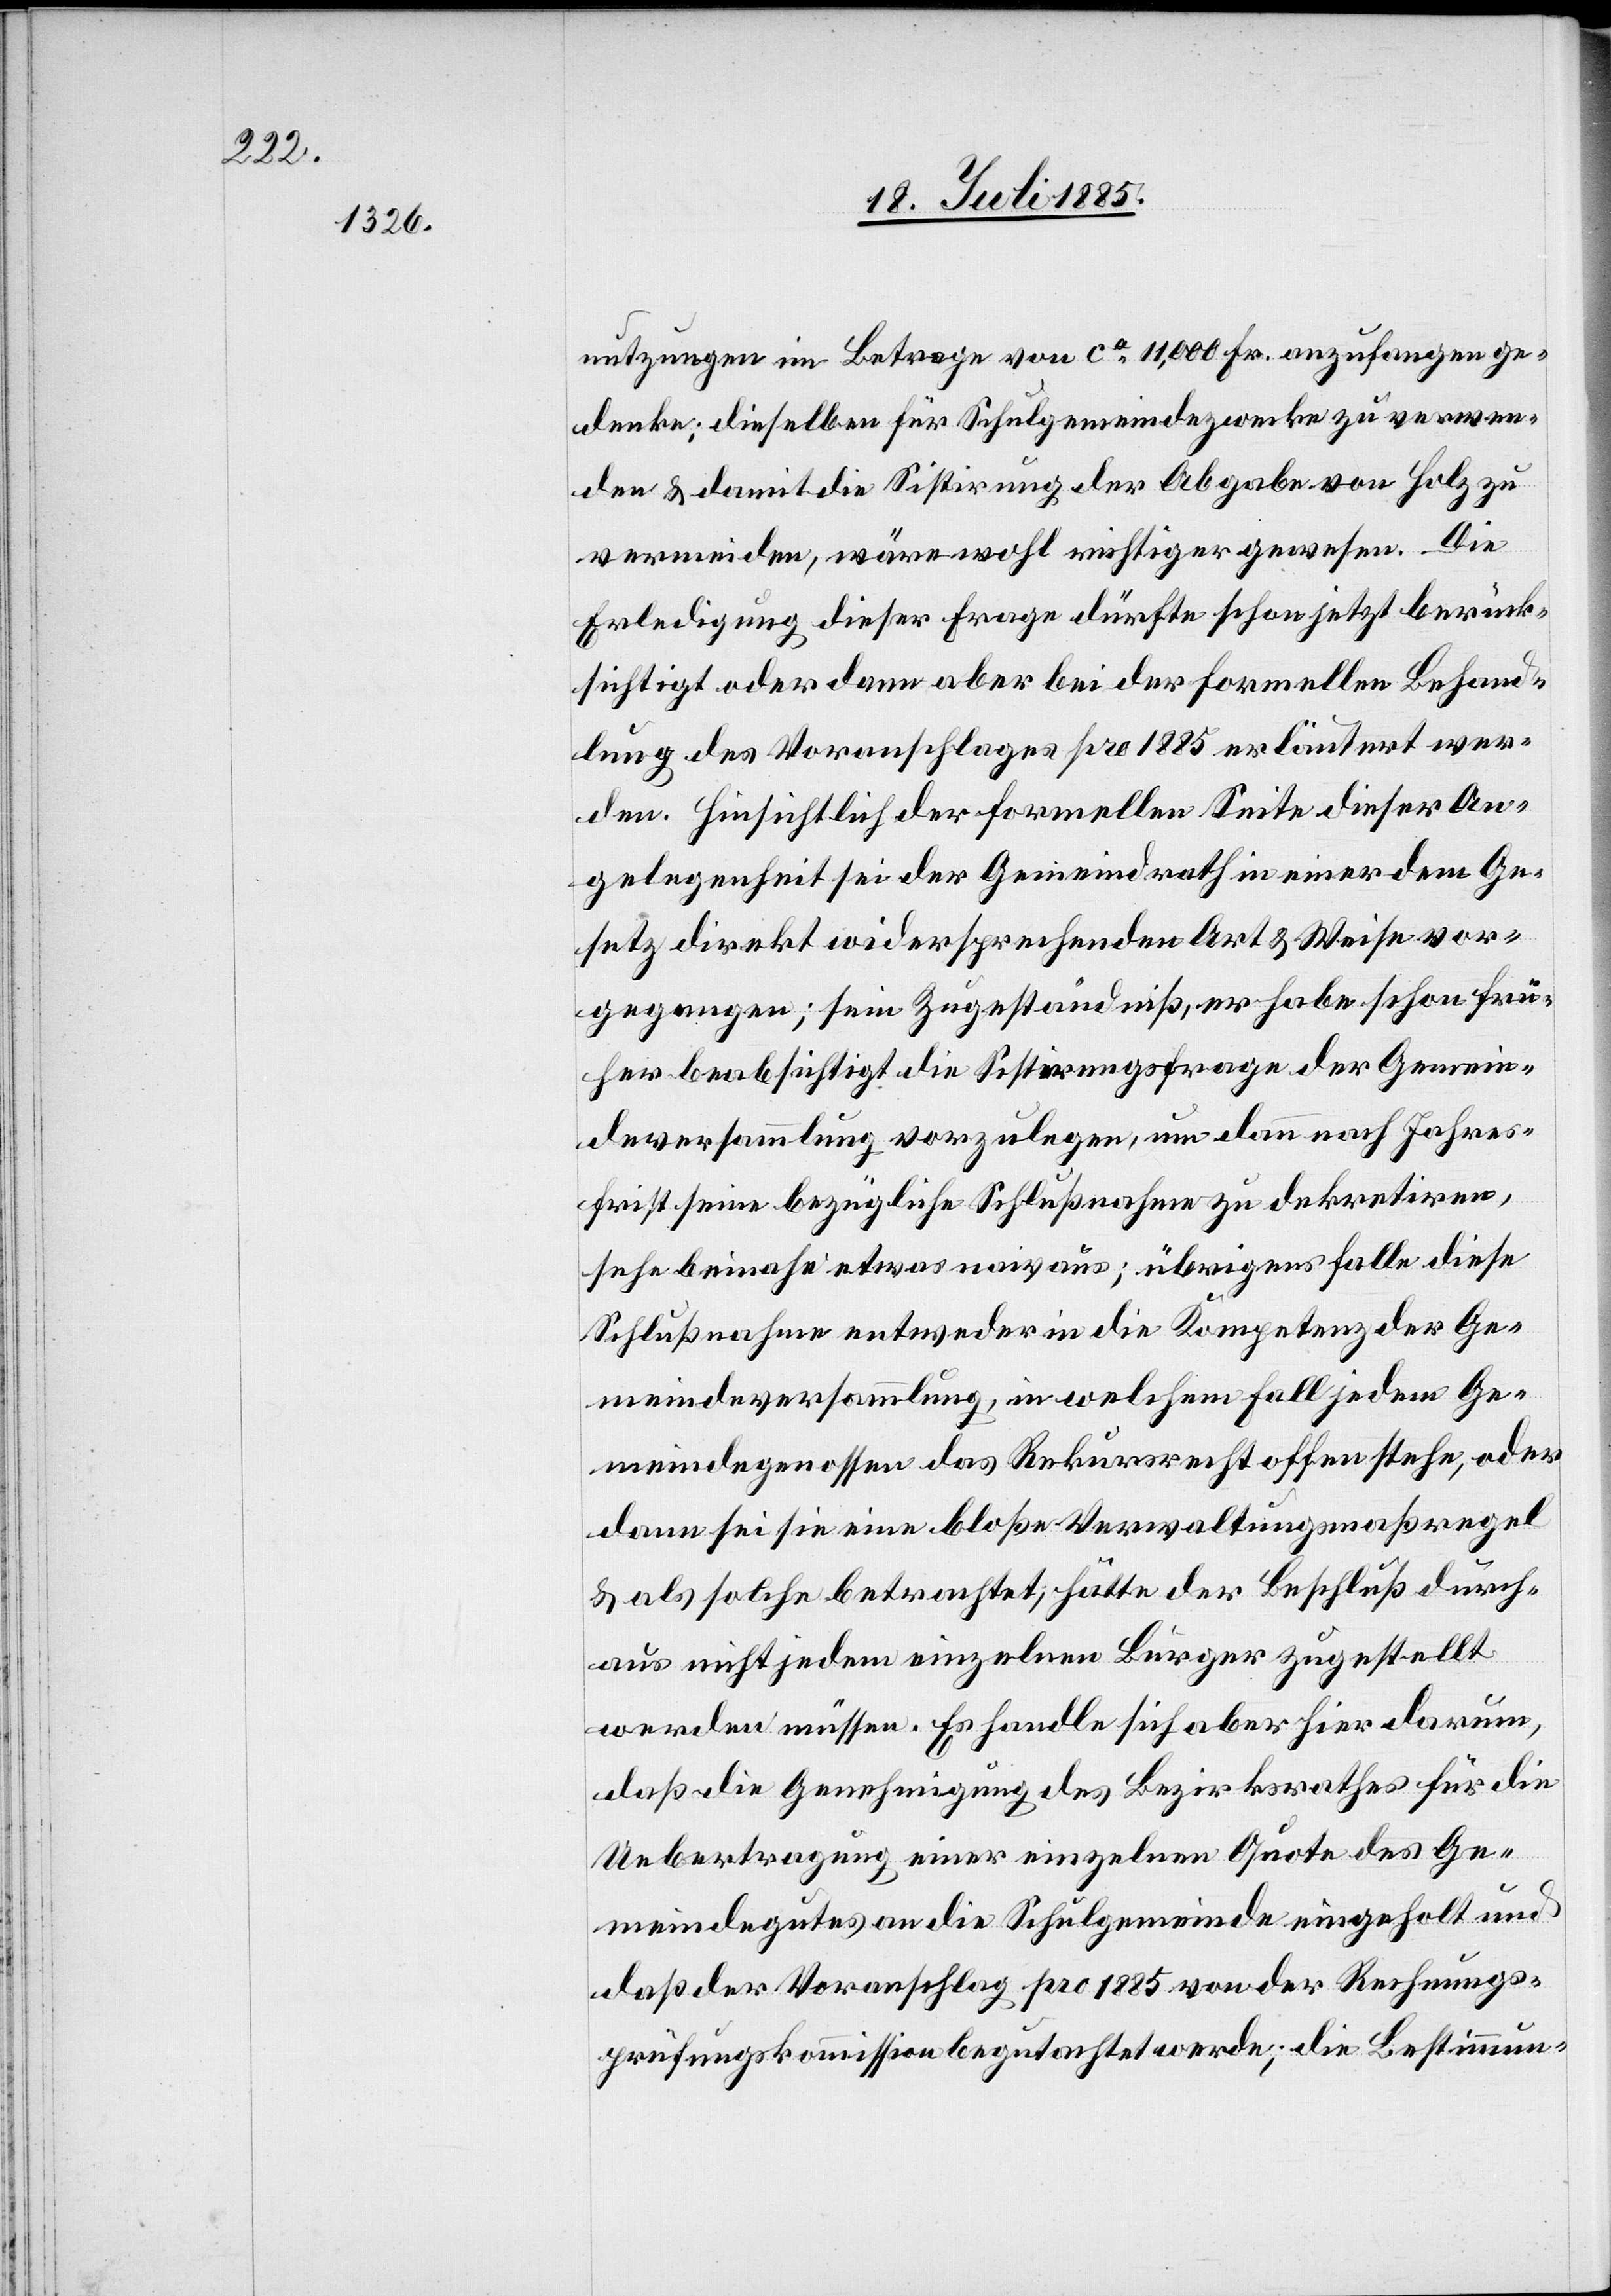
nutzungen im Betrage von ca 11,000 Fr. anzufangen ge¬
denke; dieselben für Schulgemeindezwecke zu verwen¬
den & damit die Sistirung der Abgabe von Holz zu
vermeiden, wäre wohl richtiger gewesen. Die
Erledigung dieser Frage dürfte schon jetzt berück¬
sichtigt oder dann aber bei der formellen Behand¬
lung des Voranschlages pro 1885 erläutert wer¬
den. Hinsichtlich der formellen Seite dieser An¬
gelegenheit sei der Gemeindrath in einer dem Ge¬
setz direkt widersprechenden Art & Weise vor¬
gegangen; sein Zugeständniß, er habe schon frü¬
her beabsichtigt die Sistirungsfrage der Gemein¬
deversammlung vorzulegen, um dann nach Jahres¬
frist seine bezügliche Schlußnahme zu dekretiren,
sehe beinahe etwas naiv aus; übrigens falle diese
Schlußnahme entweder in die Kompetenz der Ge¬
meindeversammlung, in welchem Fall jedem Ge¬
meindegenossen das Rekursrecht offen stehe, oder
dann sei sie eine bloße Verwaltungsmaßregel
& als solche betrachtet, hätte der Beschluß durch¬
aus nicht jedem einzelnen Bürger zugestellt
werden müssen. Es handle sich aber hier darum,
daß die Genehmigung des Bezirksrathes für die
Uebertragung einer einzelnen Quote des Ge¬
meindegutes an die Schulgemeinde eingeholt und
daß der Voranschlag pro 1885 von der Rechnungs¬
prüfungskommission begutachtet werde; die Bestimmun-